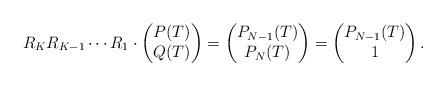
LaTeX: \begin{align*}R_KR_{K-1}\cdots R_1\cdot\begin{pmatrix}P(T) \\Q(T)\end{pmatrix}=\begin{pmatrix}P_{N-1}(T) \\P_N(T)\end{pmatrix}=\begin{pmatrix}P_{N-1}(T) \\1\end{pmatrix}.\end{align*}